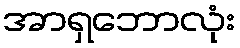
အာရှဘောလုံး